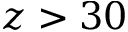
z > 3 0